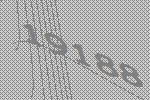
19188